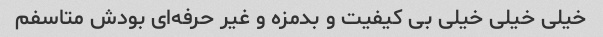
خیلی خیلی خیلی بی کیفیت و بدمزه و غیر حرفه‌ای بودش متاسفم